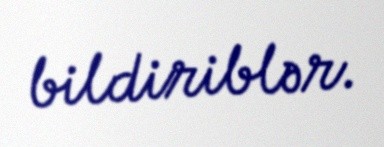
bildiriblər.